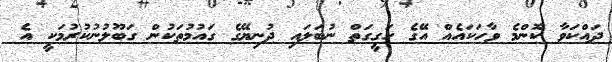
ދައްކަވާ ކޮންމެ ވާހަކައެއް އޭގެ ހަގީގަތް ނުބަލައި ދުނިޔޭގެ ގައުމުތަކުން ގަބޫލުނުކުރުމަކީ އެ